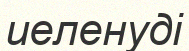
иеленуді